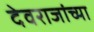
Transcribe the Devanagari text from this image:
देवराजांच्या